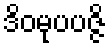
ဒိဝမုပပဇ္ဇိ